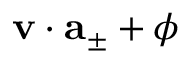
\mathbf { v } \cdot \mathbf { a } _ { \pm } + \phi